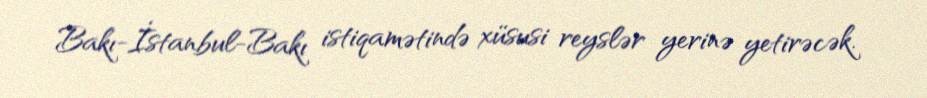
Bakı-İstanbul-Bakı istiqamətində xüsusi reyslər yerinə yetirəcək.